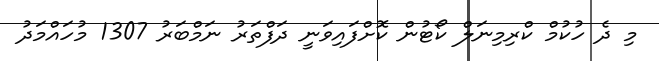
މި ދެ ހުކުމް ކްރިމިނަލް ކޯޓުން ކޮށްފައިވަނީ ދަފްތަރު ނަމްބަރު 1307 މުހައްމަދު